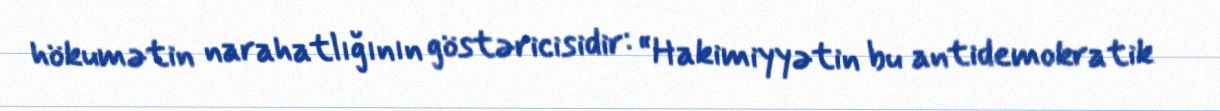
hökumətin narahatlığının göstəricisidir: “Hakimiyyətin bu antidemokratik